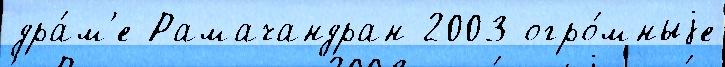
дра́м'е Рамачандран 2003 огро́мныjе